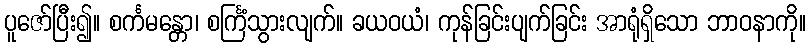
ပူဇော်ပြီး၍။ စင်္ကမန္တော၊ စင်္ကြံသွားလျက်။ ခယဝယံ၊ ကုန်ခြင်းပျက်ခြင်း အာရုံရှိသော ဘာဝနာကို။